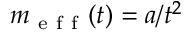
m _ { \mathrm { ~ e ~ f ~ f ~ } } ( t ) = a / t ^ { 2 }